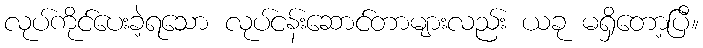
လုပ်ကိုင်ပေးခဲ့ရသော လုပ်ငန်းဆောင်တာများလည်း ယခု မရှိတော့ပြီ။